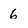
Character: 6